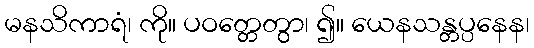
မနသိကာရံ၊ ကို။ ပဝတ္တေတွာ၊ ၍။ ယေနသန္တပ္ပနေန၊